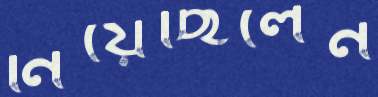
নিয়েছিলেন